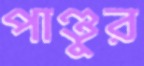
পাণ্ডুর